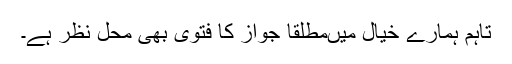
تاہم ہمارے خیال میںمطلقاً جواز کا فتویٰ بھی محلّ نظر ہے۔